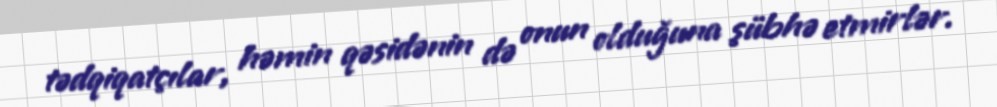
tədqiqatçılar, həmin qəsidənin də onun olduğuna şübhə etmirlər.